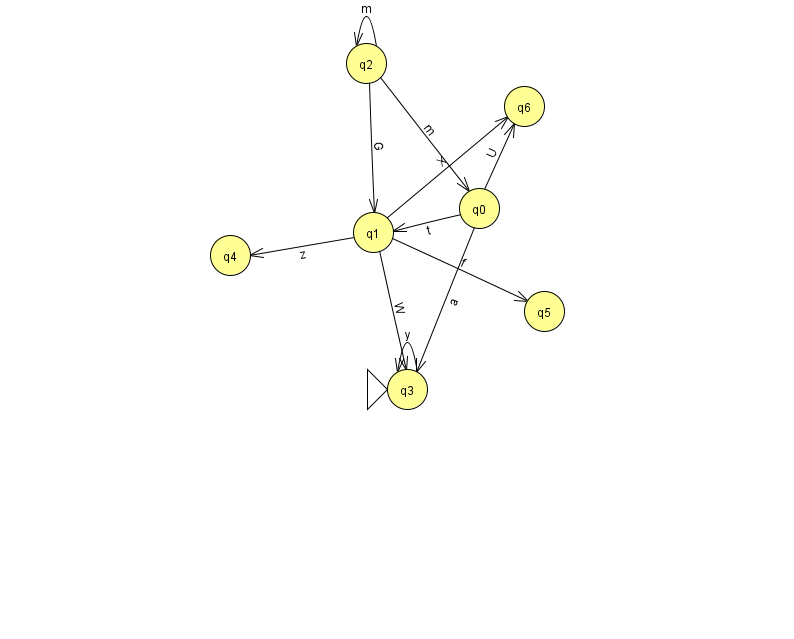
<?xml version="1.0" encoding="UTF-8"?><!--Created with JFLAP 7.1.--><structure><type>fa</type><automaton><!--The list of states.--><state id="0" name="q0"><x>479.0</x><y>195.0</y></state><state id="1" name="q1"><x>373.0</x><y>219.0</y></state><state id="2" name="q2"><x>366.0</x><y>50.0</y></state><state id="3" name="q3"><x>407.0</x><y>376.0</y><initial/></state><state id="4" name="q4"><x>230.0</x><y>242.0</y></state><state id="5" name="q5"><x>544.0</x><y>298.0</y></state><state id="6" name="q6"><x>524.0</x><y>93.0</y></state><!--The list of transitions.--><transition><from>0</from><to>1</to><read>t</read></transition><transition><from>1</from><to>3</to><read>W</read></transition><transition><from>0</from><to>3</to><read>a</read></transition><transition><from>2</from><to>0</to><read>m</read></transition><transition><from>1</from><to>6</to><read>X</read></transition><transition><from>1</from><to>5</to><read>f</read></transition><transition><from>3</from><to>3</to><read>y</read></transition><transition><from>2</from><to>1</to><read>G</read></transition><transition><from>0</from><to>6</to><read>U</read></transition><transition><from>1</from><to>4</to><read>z</read></transition><transition><from>2</from><to>2</to><read>m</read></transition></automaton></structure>